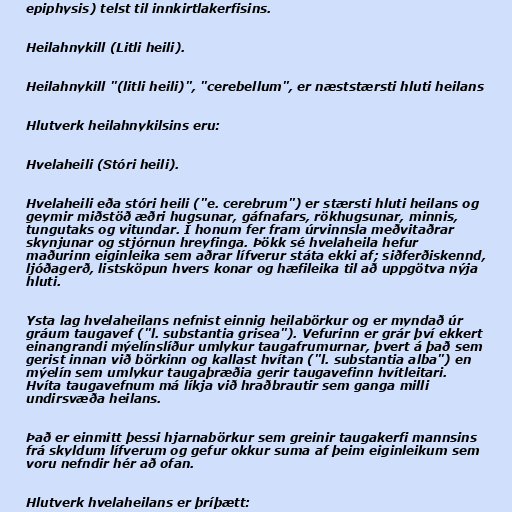
epiphysis) telst til innkirtlakerfisins.

Heilahnykill (Litli heili).

Heilahnykill "(litli heili)", "cerebellum", er næststærsti hluti heilans

Hlutverk heilahnykilsins eru:

Hvelaheili (Stóri heili).

Hvelaheili eða stóri heili ("e. cerebrum") er stærsti hluti heilans og
geymir miðstöð æðri hugsunar, gáfnafars, rökhugsunar, minnis,
tungutaks og vitundar. Í honum fer fram úrvinnsla meðvitaðrar
skynjunar og stjórnun hreyfinga. Þökk sé hvelaheila hefur
maðurinn eiginleika sem aðrar lífverur státa ekki af; siðferðiskennd,
ljóðagerð, listsköpun hvers konar og hæfileika til að uppgötva nýja
hluti.

Ysta lag hvelaheilans nefnist einnig heilabörkur og er myndað úr
gráum taugavef ("l. substantia grisea"). Vefurinn er grár því ekkert
einangrandi mýelínslíður umlykur taugafrumurnar, þvert á það sem
gerist innan við börkinn og kallast hvítan ("l. substantia alba") en
mýelín sem umlykur taugaþræðia gerir taugavefinn hvítleitari.
Hvíta taugavefnum má líkja við hraðbrautir sem ganga milli
undirsvæða heilans.

Það er einmitt þessi hjarnabörkur sem greinir taugakerfi mannsins
frá skyldum lífverum og gefur okkur suma af þeim eiginleikum sem
voru nefndir hér að ofan.

Hlutverk hvelaheilans er þríþætt: